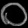
Digit: ၀